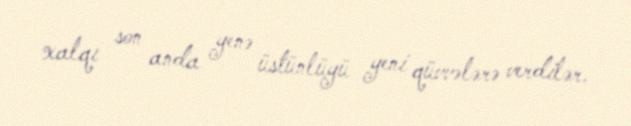
xalqı son anda yenə üstünlüyü yeni qüvvələrə verdilər.